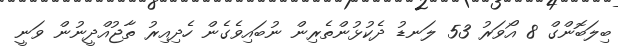
ބިލަބޮންގް 8 އޯވަރު 53 ލަނޑު ދެކުޅުންތެރިން ނުބައިވެގެން ހެދިއިރު ތާޖުއްދީނުން ވަނީ